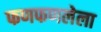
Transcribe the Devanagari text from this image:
फणफणलेला